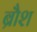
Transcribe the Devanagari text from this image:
ब्रौश